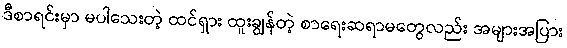
ဒီစာရင်းမှာ မပါသေးတဲ့ ထင်ရှား ထူးချွန်တဲ့ စာရေးဆရာမတွေလည်း အများအပြား